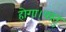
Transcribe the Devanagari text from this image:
होगा।परंतु